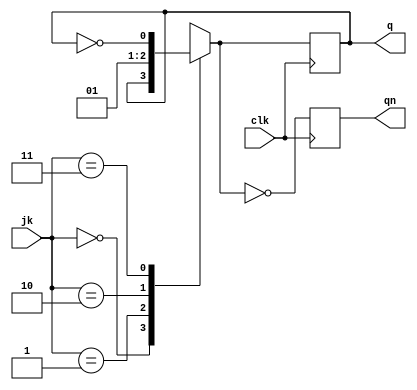
`timescale 1ns / 1ps
module jkff(q,qn,jk,clk); 
output q,qn; 
reg q,qn;
input [1:0]jk;
input clk; 
    always @ (posedge clk)
    begin
    case({jk}) 
     2'b00:q = q;
         2'b01:q = 0;     
         2'b10:q = 1;
              2'b11:q = ~q;
    endcase
    qn = ~q;
    end
endmodule